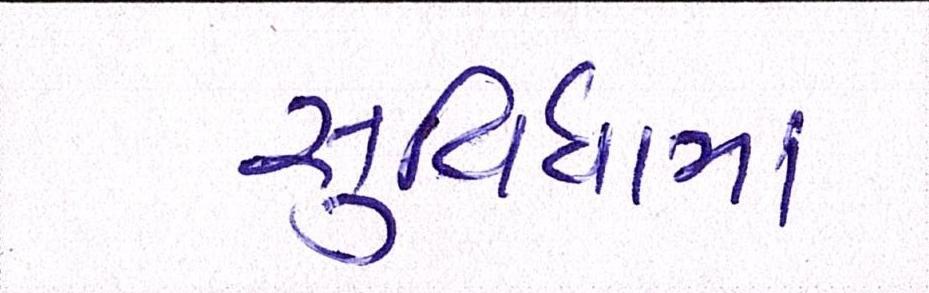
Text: સુવિધામાં